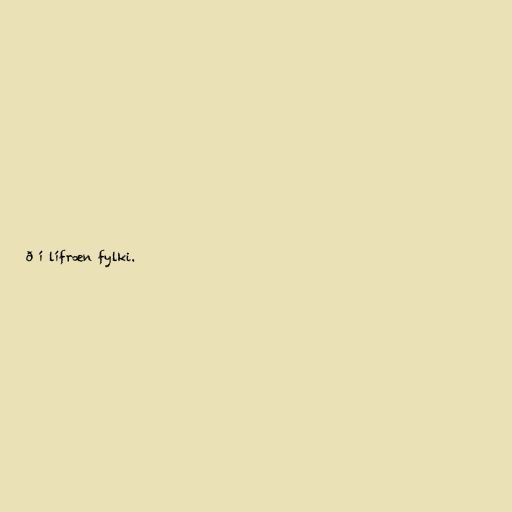
ð í lífræn fylki.